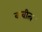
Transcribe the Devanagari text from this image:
कवीत्व